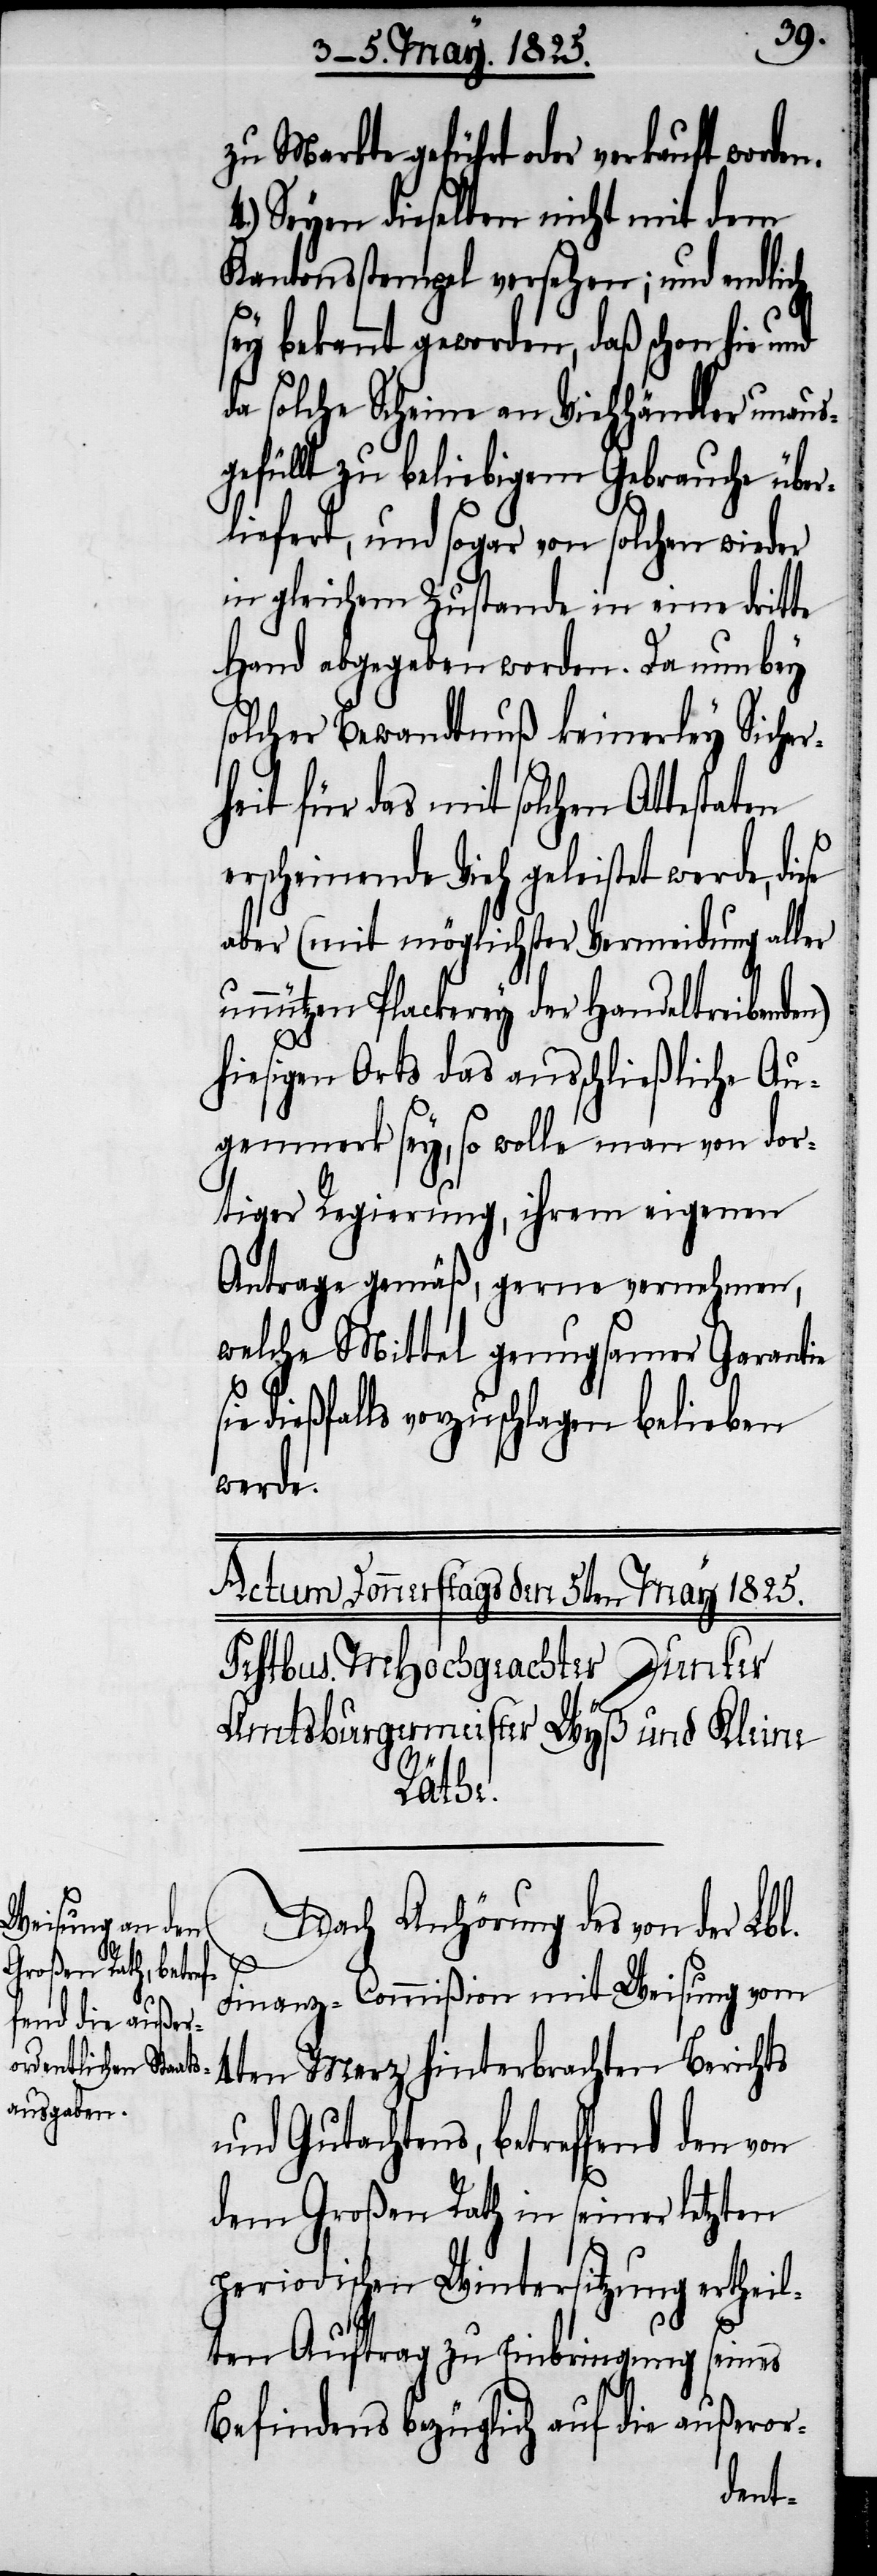
zu Markte geführt oder verkauft worde¬
4.) Seyen dieselben nicht mit dem
Kantonsstempel versehen; und endlich
ey bekannt geworden, daß schon hie
da solche Scheine an Viehhändler unaus¬
gefüllt zu beliebigem Gebrauche über¬
liefert, und sogar von solchen wieder
in gleichem Zustande in eine dritte
Hand abgegeben worden. Da nun bey
solcher Bewandtnuß keinerley Sicher¬
heit für das mit solchen Attesta¬
erscheinende Vieh geleistet werde, die¬
aber (mit möglichster Vermeidung aller
unnützen Plackerey der Handeltreibenden)
hiesigen Orts das ausschließliche Au¬
genmerk sey, so wolle man von dor¬
tiger Regierung, ihrem eigenen
Antrage gemäß, gerne vernehmen,
welche Mittel genugsamer Garantie
ie dießfalls vorzuschlagen belieben
werde.
Nach Anhörung des von der Lbl.
Finanz-Commißion mit Weisung vom
4ten Merz hinterbrachten Berichts
und Gutachtens, betreffend den von
dem Großen Rath in seiner letzten
periodischen Wintersitzung ertheil¬
s¬
ten Auftrag zu Einbringung seines
Befindens bezüglich auf die außeror-
ten